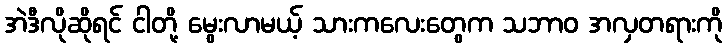
အဲဒီလိုဆိုရင် ငါတို့ မွေးလာမယ့် သားကလေးတွေက သဘာဝ အလှတရားကို